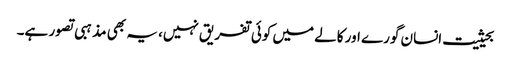
بحیثیت انسان گورے اور کالے میں کوئی تفریق نہیں، یہ بھی مذہبی تصور ہے۔